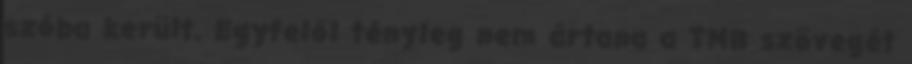
szóba került. Egyfelől tényleg nem ártana a TMB szövegét